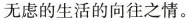
无虑的生活的向往之情。